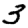
Digit: 3